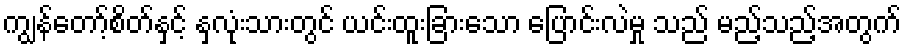
ကျွန်တော့်စိတ်နှင့် နှလုံးသားတွင် ယင်းထူးခြားသော ပြောင်းလဲမှု သည် မည့်သည့်အတွက်